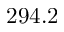
2 9 4 . 2